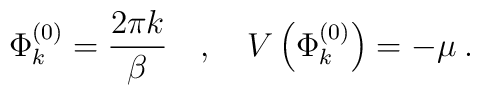
\Phi ^{(0)}_{k}=\frac{2\pi k}{\beta }\quad ,\quad V\left( \Phi ^{(0)}_{k}\right) =-\mu \: .